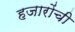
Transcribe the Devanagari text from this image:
हजारोंची